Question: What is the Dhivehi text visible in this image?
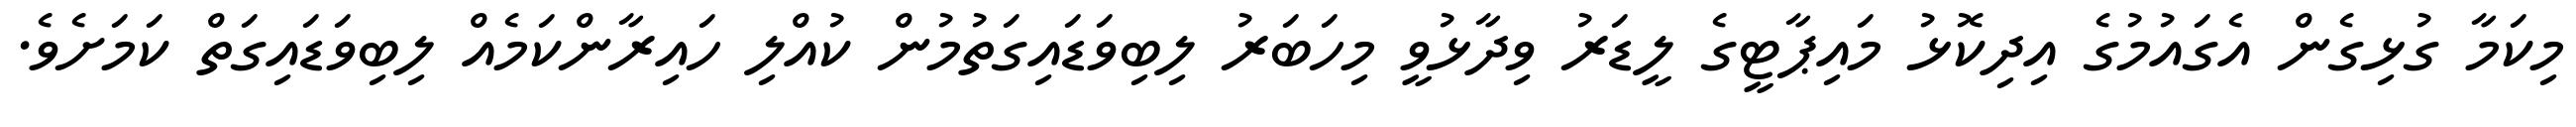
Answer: މިކަމާ ގުޅިގެން އެގައުމުގެ އިދިކޮޅު މައިޕާޓީގެ ލީޑަރު ވިދާޅުވީ މިހަބަރު ލިބިވަޑައިގަތުމުން ކުއްލި ހައިރާންކަމެއް ލިބިވަޑައިގަތް ކަމަށެވެ.